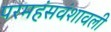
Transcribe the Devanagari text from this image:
परमहंसवंशावली